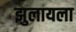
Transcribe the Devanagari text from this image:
झुलायला